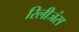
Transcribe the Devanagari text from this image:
रिलीजंस